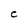
Character: C